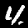
Label: 4